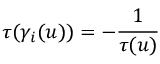
\tau ( \gamma _ { i } ( u ) ) = - \frac { 1 } { \tau ( u ) }